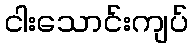
ငါးသောင်းကျပ်